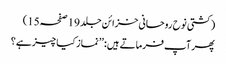
(کشتی نوح روحانی خزائن جلد 19صفحہ15)
پھر آپ فرماتے ہیں: ’’نماز کیا چیز ہے؟